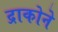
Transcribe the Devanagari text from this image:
द्राकोने